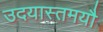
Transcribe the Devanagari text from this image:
उदयास्तमयौ